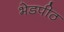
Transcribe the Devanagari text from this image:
भेडपीठ